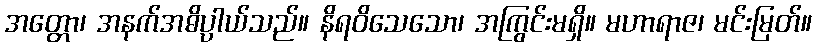
အတ္တော၊ အနက်အဓိပ္ပာယ်သည်။ နိရဝိသေသော၊ အကြွင်းမရှိ။ မဟာရာဇ၊ မင်းမြတ်။